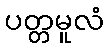
ပတ္တမူလံ